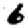
Digit: 6